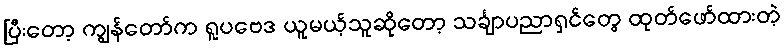
ပြီးတော့ ကျွန်တော်က ရူပဗေဒ ယူမယ့်သူဆိုတော့ သင်္ချာပညာရှင်တွေ ထုတ်ဖော်ထားတဲ့